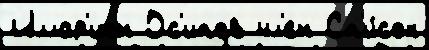
Иллар'ион Ос'ипов чл'ен Сп'и́сок